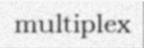
multiplex